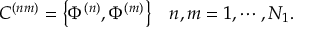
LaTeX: \begin{array} { l r } { { C ^ { ( n m ) } = \left\{ \Phi ^ { ( n ) } , \Phi ^ { ( m ) } \right\} } } & { { n , m = 1 , \cdots , N _ { 1 } . } } \end{array}